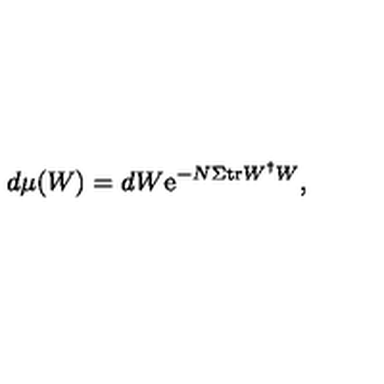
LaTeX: d \mu ( W ) = d W \mathrm { e } ^ { - N \Sigma \mathrm { t r } W ^ { \dagger } W } ,